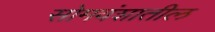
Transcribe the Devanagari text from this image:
सोमवंशातील